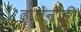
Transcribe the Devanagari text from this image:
ढालेंनीही